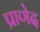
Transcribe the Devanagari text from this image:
प्राणेद